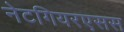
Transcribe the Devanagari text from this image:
नेटगियरएसस